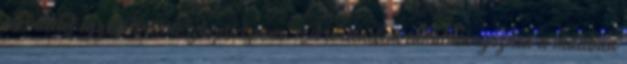
tekintettel egyesült némi szkepticizmus. A történelem tanulmányozása a múltban